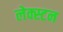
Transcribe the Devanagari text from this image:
लेक्स्टन